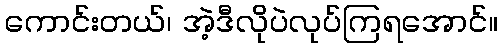
ကောင်းတယ်၊ အဲ့ဒီလိုပဲလုပ်ကြရအောင်။